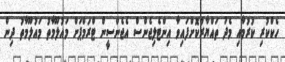
ހެކްކުރި ކުރުމާއި މެދު ތައްޔާރުކޮށްފައިވާ އިންޓެލިޖެންސް އެޖެންސީން ޓްރަމްޕަށް މައުލޫމާތު މައުލޫމާތު ދިން